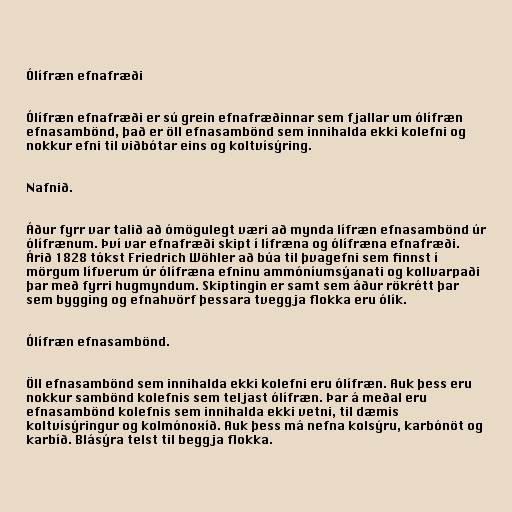
Ólífræn efnafræði

Ólífræn efnafræði er sú grein efnafræðinnar sem fjallar um ólífræn
efnasambönd, það er öll efnasambönd sem innihalda ekki kolefni og
nokkur efni til viðbótar eins og koltvísýring.

Nafnið.

Áður fyrr var talið að ómögulegt væri að mynda lífræn efnasambönd úr
ólífrænum. Því var efnafræði skipt í lífræna og ólífræna efnafræði.
Árið 1828 tókst Friedrich Wöhler að búa til þvagefni sem finnst í
mörgum lífverum úr ólífræna efninu ammóníumsýanati og kollvarpaði
þar með fyrri hugmyndum. Skiptingin er samt sem áður rökrétt þar
sem bygging og efnahvörf þessara tveggja flokka eru ólík.

Ólífræn efnasambönd.

Öll efnasambönd sem innihalda ekki kolefni eru ólífræn. Auk þess eru
nokkur sambönd kolefnis sem teljast ólífræn. Þar á meðal eru
efnasambönd kolefnis sem innihalda ekki vetni, til dæmis
koltvísýringur og kolmónoxíð. Auk þess má nefna kolsýru, karbónöt og
karbíð. Blásýra telst til beggja flokka.